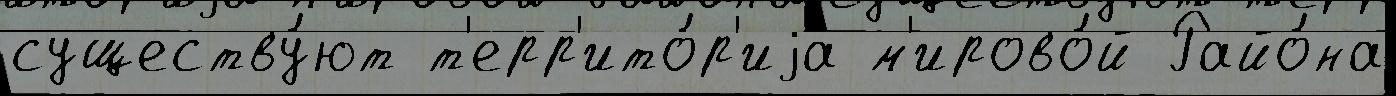
существу́ют т'ерр'ито́р'иjа м'ирово́й Райо́на